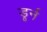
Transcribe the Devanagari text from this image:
डूर्न